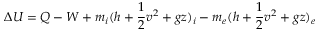
\Delta U = Q - W + m _ { i } ( h + { \frac { 1 } { 2 } } v ^ { 2 } + g z ) _ { i } - m _ { e } ( h + { \frac { 1 } { 2 } } v ^ { 2 } + g z ) _ { e }